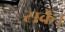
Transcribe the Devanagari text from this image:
सकेँ।